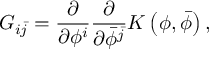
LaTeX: G _ { i \bar { j } } = \frac { \partial } { \partial \phi ^ { i } } \frac { \partial } { \partial \bar { \phi } ^ { \bar { j } } } K \left( \phi , \bar { \phi } \right) ,